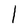
Character: l